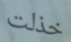
خذلت